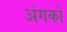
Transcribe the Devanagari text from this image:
अंगकों